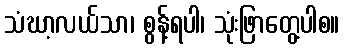
သံဃာ့လယ်သာ၊ စွန့်ရပါ၊ သုံးဖြာတွေ့ပါစ။